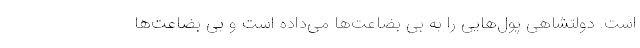
است. دولتشاهی پول‌هایی را به بی بضاعت‌ها می‌داده است و بی بضاعت‌ها